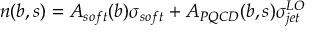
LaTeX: n ( b , s ) = A _ { s o f t } ( b ) \sigma _ { s o f t } + A _ { P Q C D } ( b , s ) \sigma _ { j e t } ^ { L O }